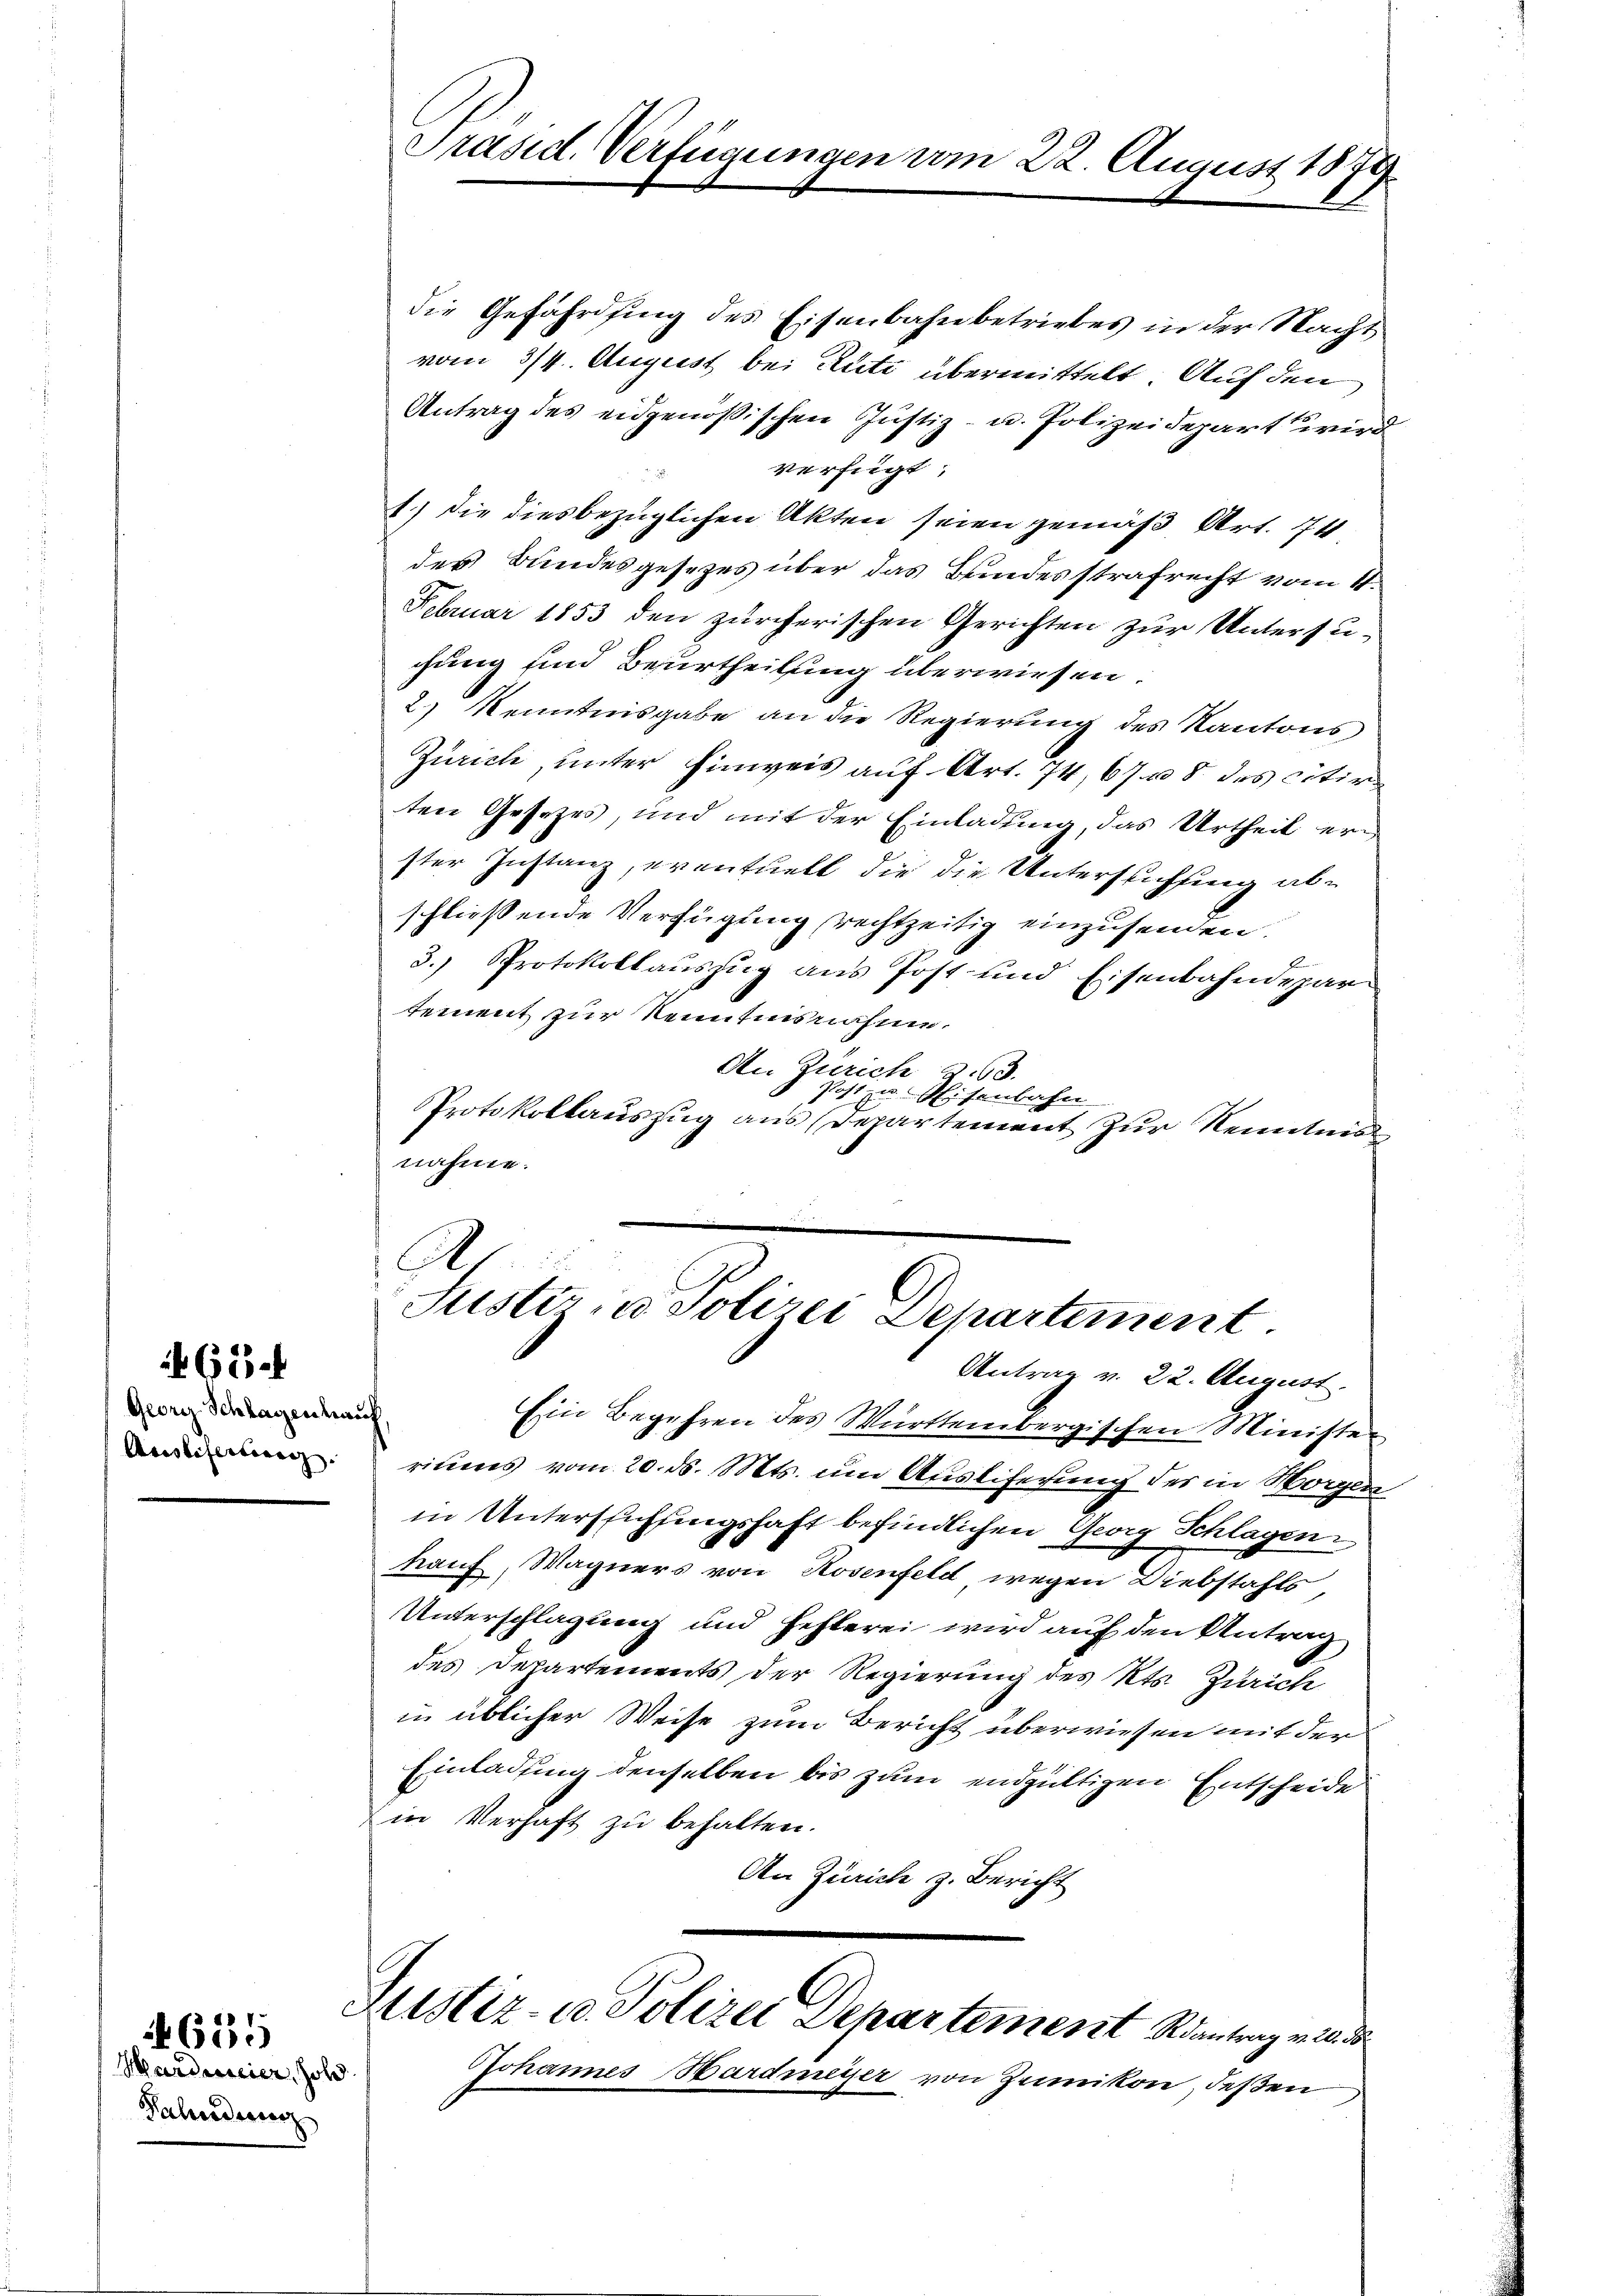
65.

Georg Schlagenhauf
Anstifertieng. |

655

die Gefährdung des Eisenbahnbetriebes in der Nacht
vom 3/4. August bei Rüti übermittelt. Auf den
Antrag des eidgenößischen Justiz- u. Polizeidepart wird
verfügt:
1.) Die diesbezüglichen Akten seien gemäß Art. 74
des Bundesgesezes über das Bundesstrafrecht vom 4.
Februar 1853 den zürcherischen Gerichten zur Untersuchung und Beurtheilung überwiesen.
2.) Kenntnisgabe an die Regierung des Kantons
Zürich, unter Einweis auf Art. 74, 67 – 8 des citirten Gesetzes, und mit der Einladung, das Urtheil erster Instanz, eventuell die die Untersuchung abschliessende Verfügung rechtzeitig einzusenden.
J.
3. Protokollauszug aus Post und Eisenbahndepar
tement zur Kenntnisnahme.
An Zürich 263.
Post zu Eisenbahn
Protokollauszug aus Departement zur Kenntnis
nahme.

Hardmeier, Joh
Fahndiener

Präsid. Verfügungen vom 22. August 1879.

.
Suster, u. Polizei Departement
Antrag v. 22. August.

Ein Begehren des Württembergischen Ministen
riums vom 20. ds. Mts. um Ausliferung des in Morgen
in Unterstühlingshaft befindlichen Georg Splügen
hauf, Wagners von Rosenfeld wegen Diebstahls
Unterschlagung und Hehlerei wird auf den Antrag
des Departements der Regierung des Kts. Zürich
in üblicher Weise zum Bericht überwiesen mit der
Einladung denselben bis zum endgültigen Entscheide
in Verhaft zu behalten.
An Zürich z. Bericht

Justiz- u. Polizei Departement Raantrag viel de

Johannes Hardmeyer von Zumikon, deßen